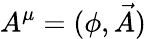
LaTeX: A^{\mu}=(\phi,{\vec{A}})